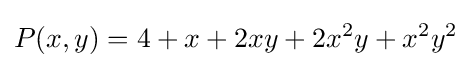
P(x,y)=4+x+2xy+2x^{2}y+x^{2}y^{2}